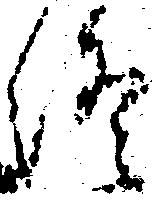
終